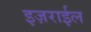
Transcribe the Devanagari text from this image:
इज़राईल